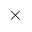
\times